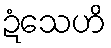
ဍံသေဟိ